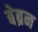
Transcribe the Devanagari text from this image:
बेब्रन